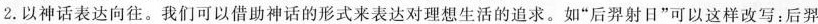
2.以神话表达向往。我们可以借助神话的形式来表达对理想生活的追求。如”后羿射日”可以这样改写：后羿